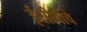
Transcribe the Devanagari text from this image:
ईसीबीचे